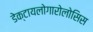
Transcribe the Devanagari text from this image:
डेक्टायलोगारोलोसिस